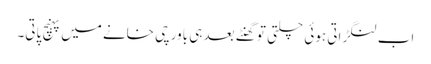
اب لنگڑاتی ہوئی چلتی تو گھنٹے بعد ہی باورچی خانے میں پہنچ پاتی۔